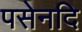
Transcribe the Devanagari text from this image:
पसेनदि